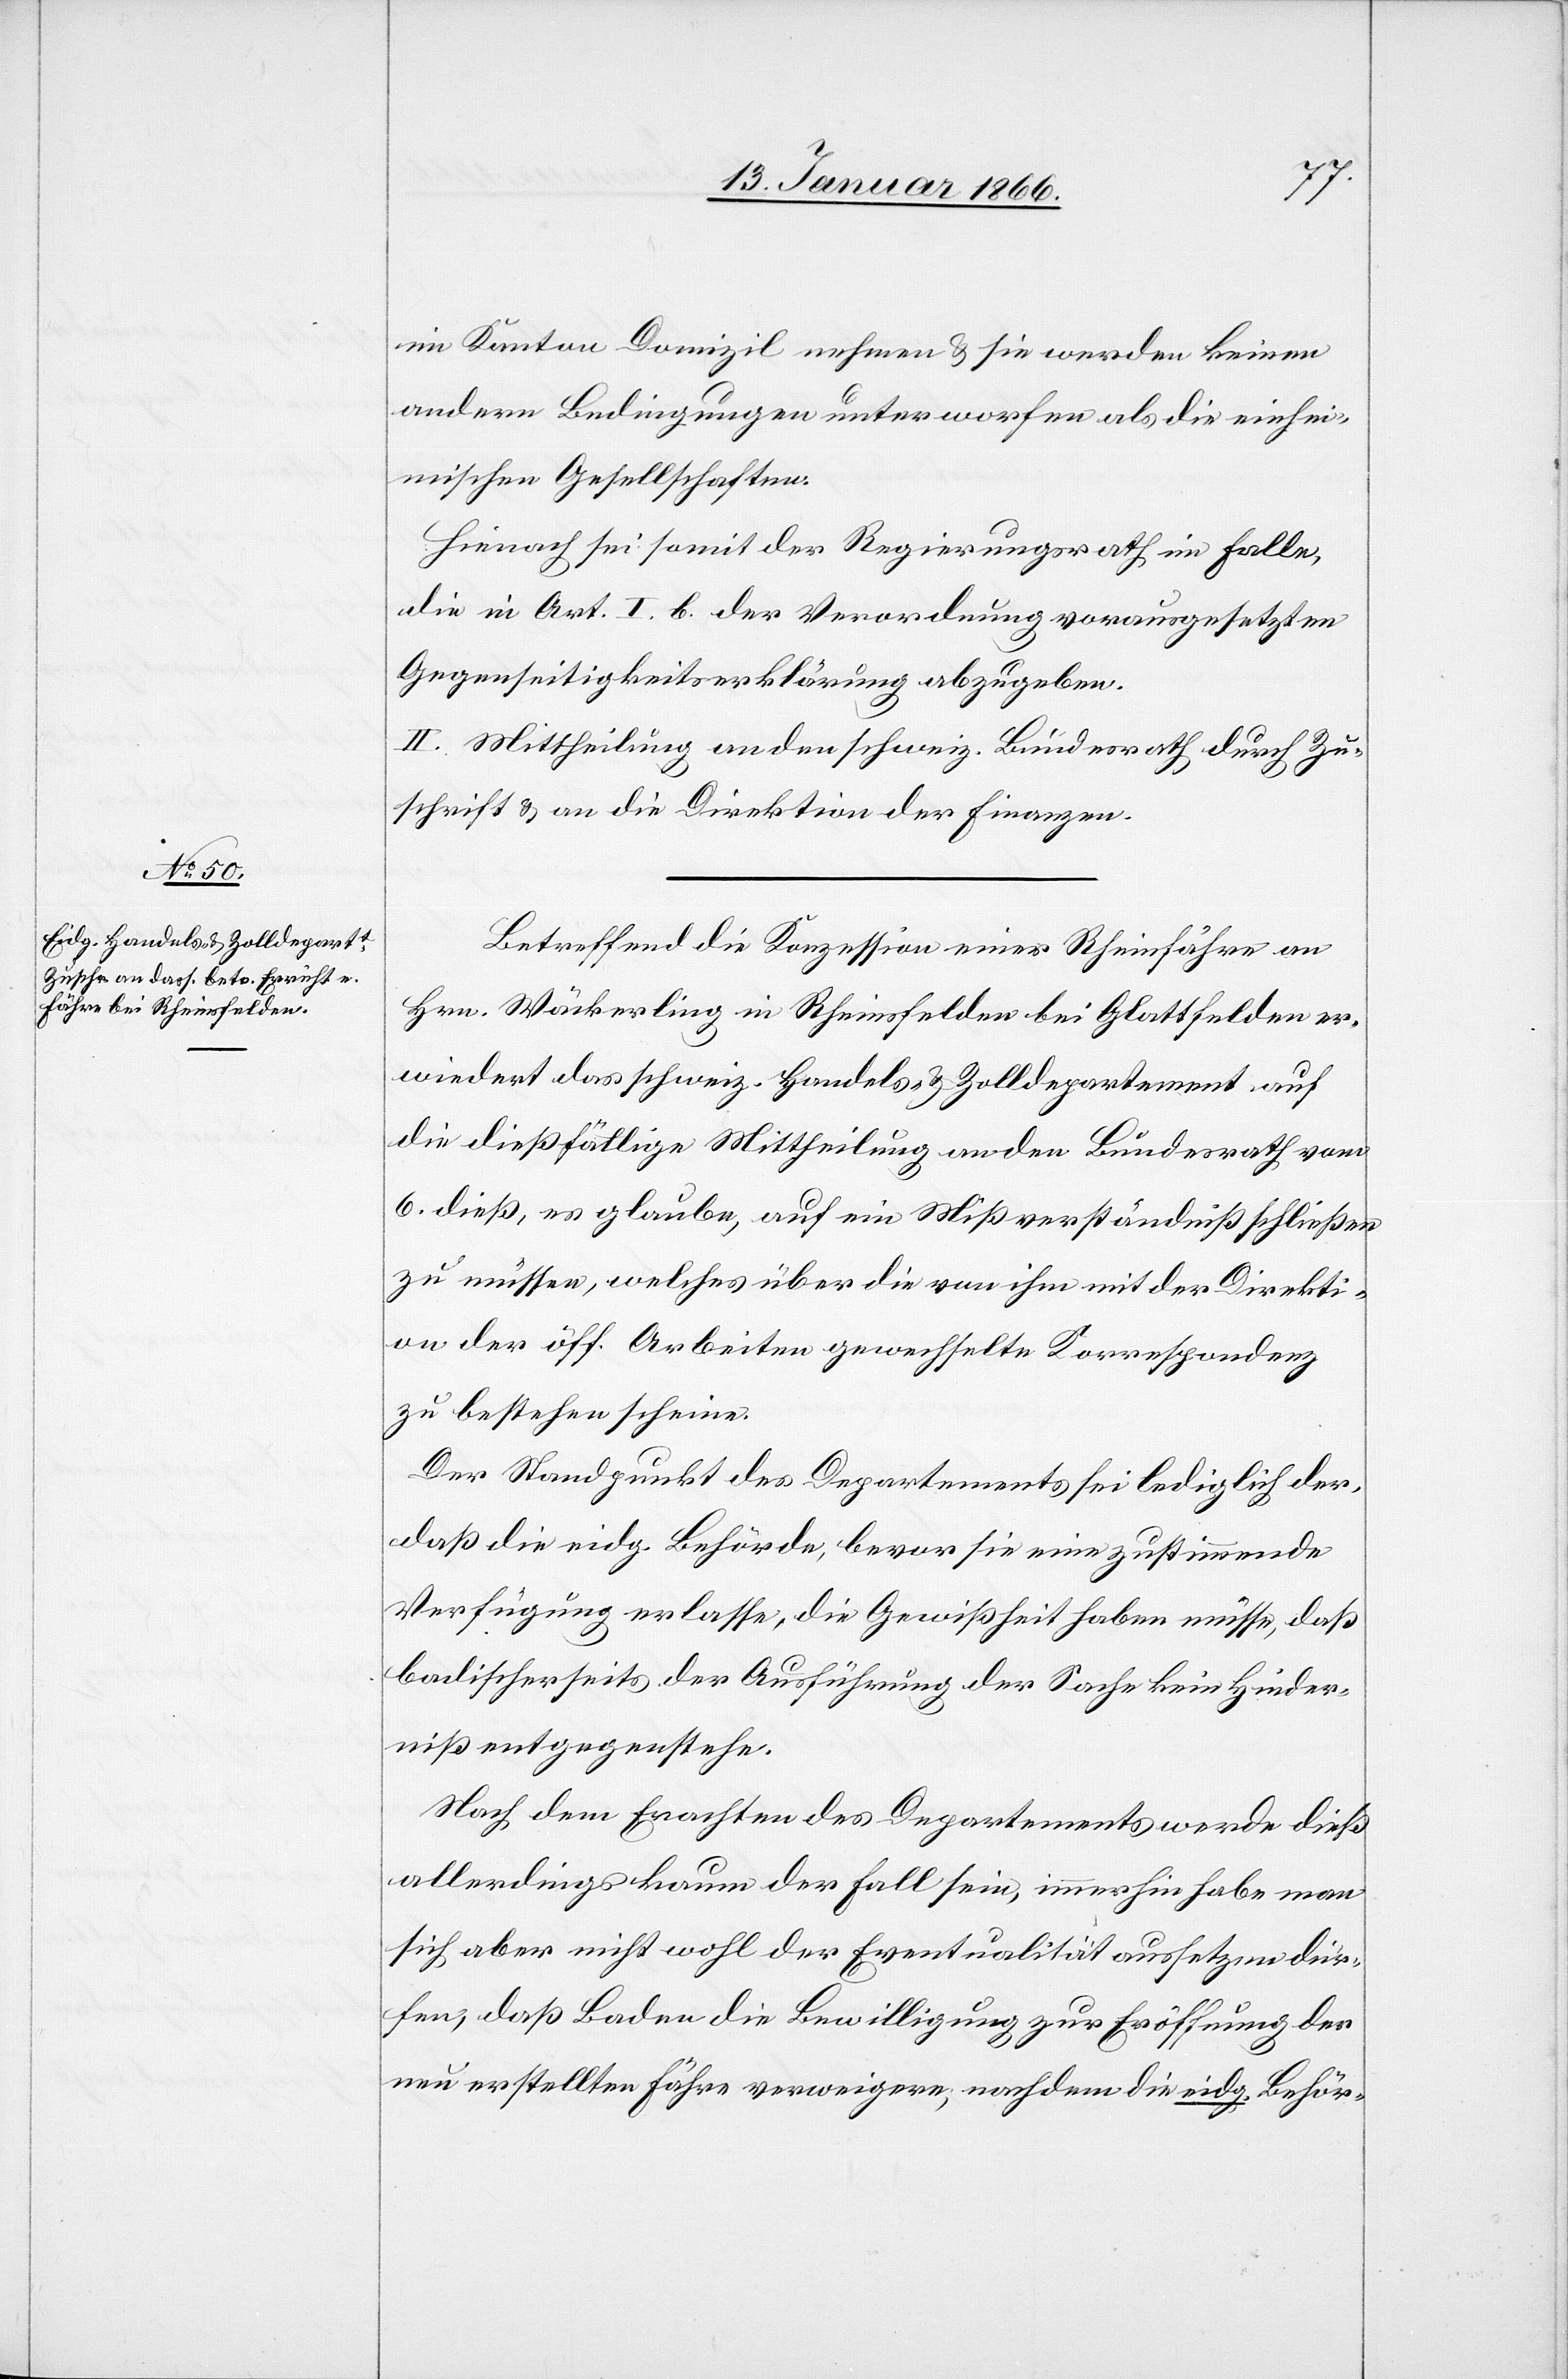
im Kanton Domizil nehmen u. sie werden keinen
andern Bedingungen unterworfen als die einhei¬
mischen Gesellschaften.
Hienach sei somit der Regierungsrath im Falle,
die in Art. I. b. der Verordnung vorausgesetzten
Gegenseitigkeitserklärung abzugeben.
II. Mittheilung an den schweiz. Bundesrath durch Zu¬
schrift u. an die Direktion der Finanzen.
Betreffend die Konzession einer Rheinfähre an
Hrn. Wäckerling in Rheinsfelden bei Glattfelden er¬
wiedert das schweiz. Handels- & Zolldepartement auf
die dießfällige Mittheilung an den Bundesrath vom
6. dieß, es glaube, auf ein Mißverständniß schließen
zu müssen, welches über die von ihm mit der Direkti¬
on der öff. Arbeiten gewechselte Korrespondenz
zu bestehen scheine.
Der Standpunkt des Departements sei lediglich der,
daß die eidg. Behörde, bevor sie eine zustimmende
Verfügung erlasse, die Gewißheit haben müsse, daß
badischerseits der Ausführung der Sache kein Hinder¬
niß entgegenstehe.
Nach dem Erachten des Departements werde dieß
allerdings kaum der Fall sein, immerhin habe man
sich aber nicht wohl der Eventualität aussetzen dür¬
fen, daß Baden die Bewilligung zur Eröffnung der
neu erstellten Fähre verweigern, nachdem die eidg. Behör-